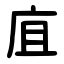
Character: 㡹